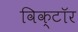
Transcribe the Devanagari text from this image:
विक्टॉर